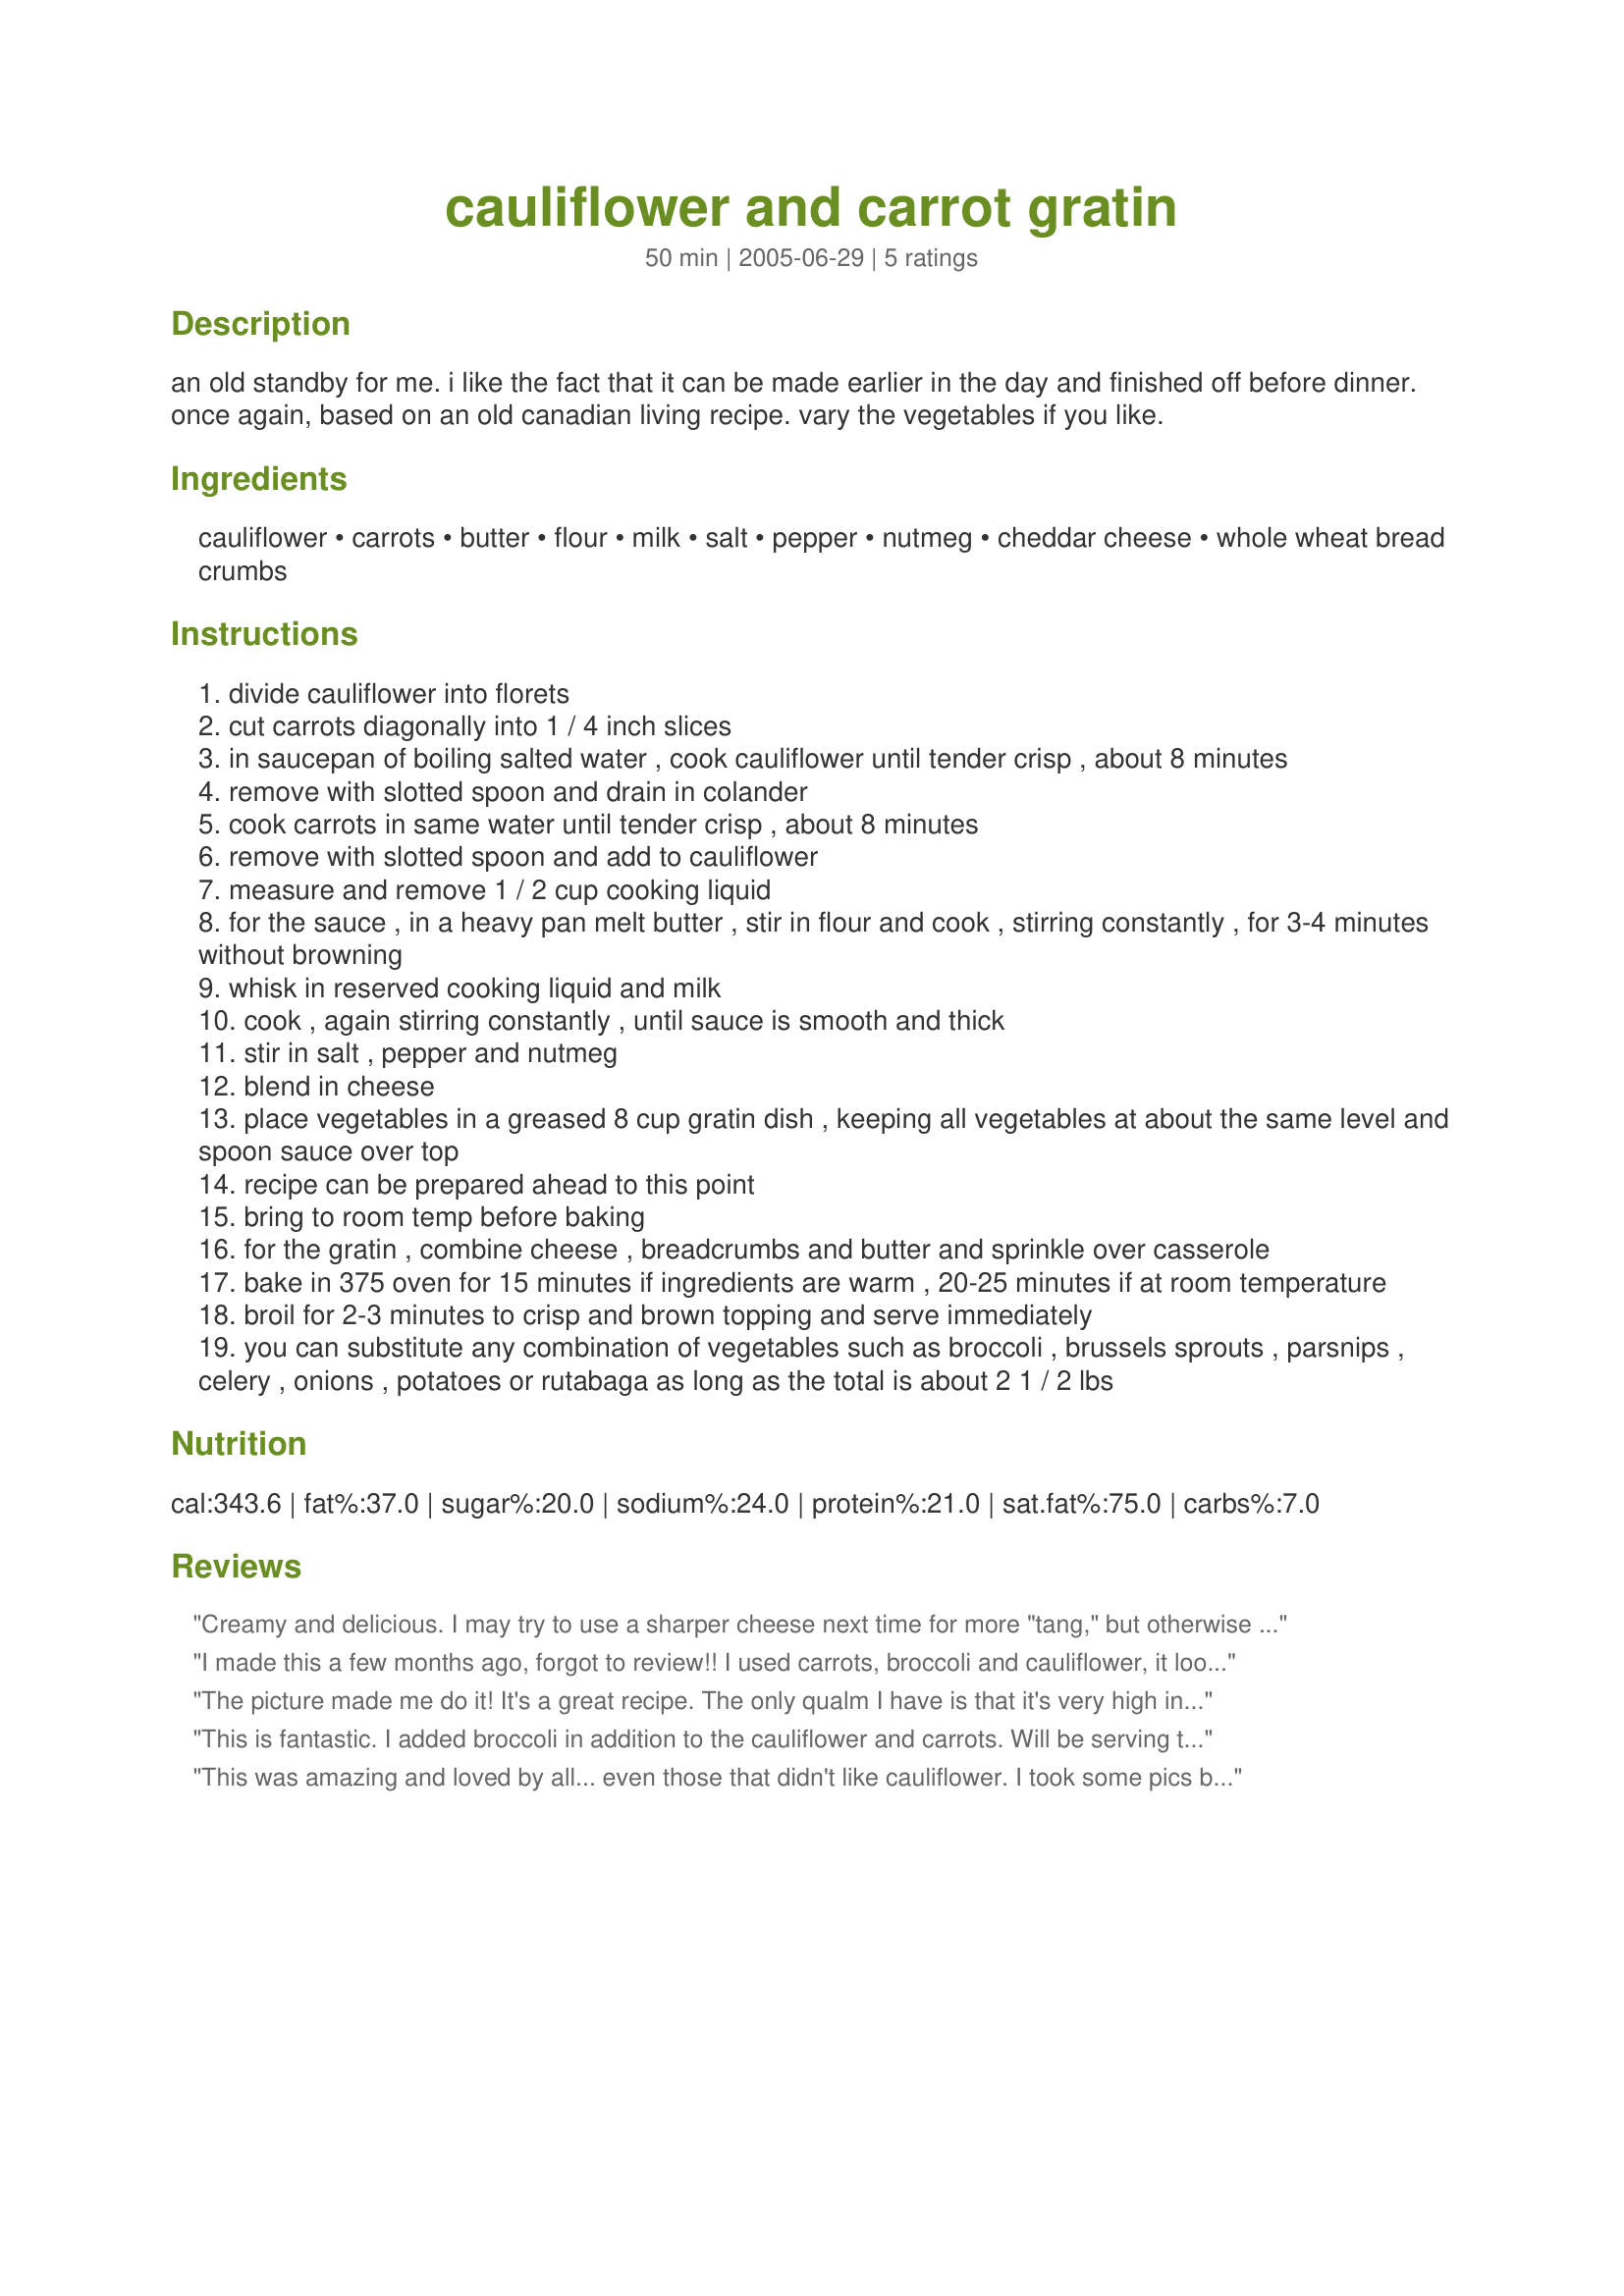
cauliflower and carrot gratin
Preparation time: 50 minutes

an old standby for me. i like the fact that it can be made earlier in the day and finished off before dinner. once again, based on an old canadian living recipe. vary the vegetables if you like.

Ingredients:
cauliflower, carrots, butter, flour, milk, salt, pepper, nutmeg, cheddar cheese, whole wheat bread crumbs

Steps:
divide cauliflower into florets
cut carrots diagonally into 1 / 4 inch slices
in saucepan of boiling salted water , cook cauliflower until tender crisp , about 8 minutes
remove with slotted spoon and drain in colander
cook carrots in same water until tender crisp , about 8 minutes
remove with slotted spoon and add to cauliflower
measure and remove 1 / 2 cup cooking liquid
for the sauce , in a heavy pan melt butter , stir in flour and cook , stirring constantly , for 3-4 minutes without browning
whisk in reserved cooking liquid and milk
cook , again stirring constantly , until sauce is smooth and thick
stir in salt , pepper and nutmeg
blend in cheese
place vegetables in a greased 8 cup gratin dish , keeping all vegetables at about the same level and spoon sauce over top
recipe can be prepared ahead to this point
bring to room temp before baking
for the gratin , combine cheese , breadcrumbs and butter and sprinkle over casserole
bake in 375 oven for 15 minutes if ingredients are warm , 20-25 minutes if at room temperature
broil for 2-3 minutes to crisp and brown topping and serve immediately
you can substitute any combination of vegetables such as broccoli , brussels sprouts , parsnips , celery , onions , potatoes or rutabaga as long as the total is about 2 1 / 2 lbs

Reviews:
Creamy and delicious. I may try to use a sharper cheese next time for more "tang," but otherwise it was a crowd pleaser all around. Will definitely make again.
I made this a few months ago, forgot to review!! I used carrots, broccoli and cauliflower, it looked like the picture posted! All my family enjoyed this dish!
The picture made me do it! It's a great recipe. The only qualm I have is that it's very high in fat. Next time I would use mozzarella cheese and omit the butter from the gratin part. It was a great way to use veggies and went well with fish and steamed peas. It's a more gourmet version of a veggie side my mom makes with pork chops: steamed cauliflower, broccoli, and carrots with cheese sauce. Love it!
This is fantastic. I added broccoli in addition to the cauliflower and carrots. Will be serving this at Thanksgiving.
This was amazing and loved by all... even those that didn't like cauliflower. I took some pics but by the time I looked at them, the meal was way gone. I'm not happy with the pics so will wait till I make it again. My daughter wanted the recipe so she could try many different vegetables. Thanks for a great vegetable dish.
